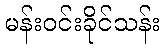
မန်းဝင်းခိုင်သန်း